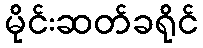
မိုင်းဆတ်ခရိုင်